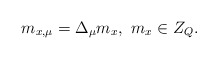
\begin{align*}m_{x, \mu} = \Delta_\mu m_x , \, \, m_x \in Z_Q. \end{align*}